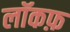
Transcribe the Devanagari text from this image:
लॉकफ़